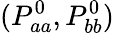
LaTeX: (P_{aa}^{0},P_{bb}^{0})